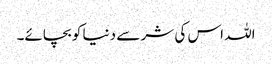
اللہ اس کی شر سے دنیا کو بچائے۔